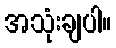
အသုံးချပါ။